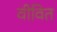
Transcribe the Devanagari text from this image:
वीवित